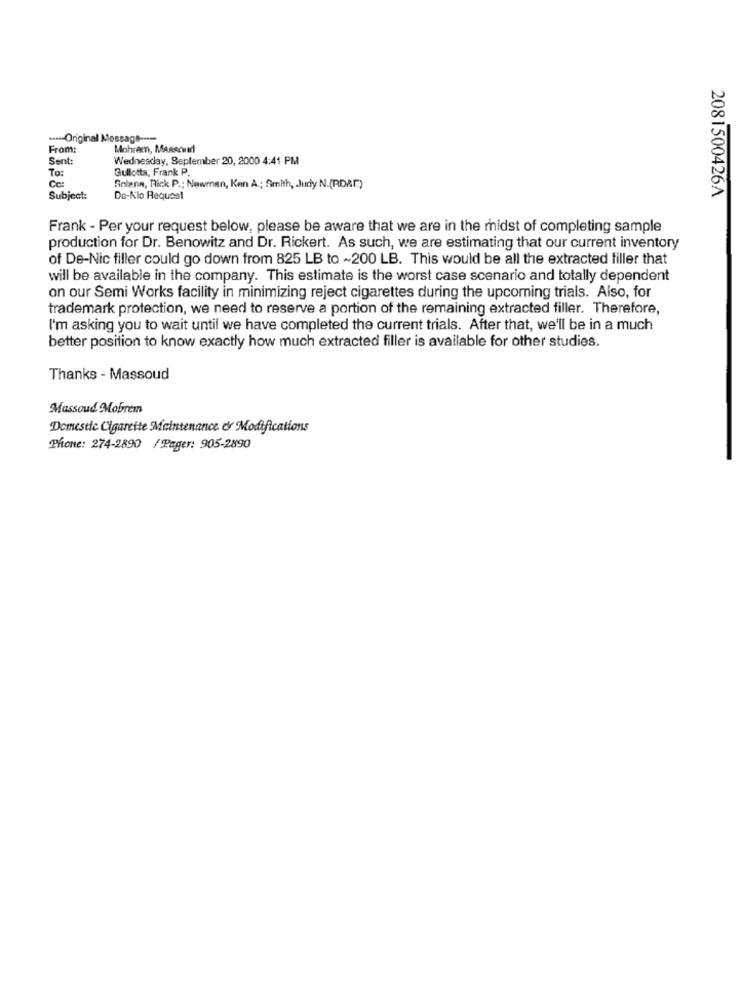
...-- Original Message ----
From:
Mobram, Masscmed
Sent:
Wednesday, September 20, 2000 4:41 PM
To:
Gullotta, Frank P.
Cc:
Solana, Rick P .; Newman, Ken A .; Smith, Judy N.(RDAF.)
2081500426A
Subject:
De-Klo Request
Frank - Per your request below, please be aware that we are in the midst of completing sample
production for Dr. Benowitz and Dr. Rickert. As such, we are estimating that our current inventory
of De-Nic filler could go down from 825 LB to ~200 LB. This would be all the extracted filler that
will be available in the company. This estimate is the worst case scenario and totally dependent
on our Semi Works facility in minimizing reject cigarettes during the upcoming trials. Also, for
trademark protection, we need to reserve a portion of the remaining extracted filler. Therefore,
I'm asking you to wait until we have completed the current trials. After that, we'll be in a much
better position to know exactly how much extracted filler is available for other studies.
Thanks - Massoud
Massoud MMobrem
Domestic Cigarette Maintenance e Modifications
Phone: 274-2890 / Pager: 905-2890